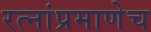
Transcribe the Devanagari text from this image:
रत्‍नांप्रमाणेच